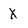
Character: X